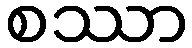
စဿာ